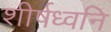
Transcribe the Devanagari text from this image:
शीर्षध्वनि